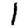
Digit: 1